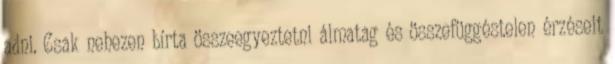
adni. Csak nehezen bírta összeegyeztetni álmatag és összefüggéstelen érzéseit